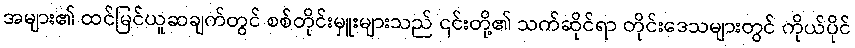
အများ၏ ထင်မြင်ယူဆချက်တွင် စစ်တိုင်းမှူးများသည် ၎င်းတို့၏ သက်ဆိုင်ရာ တိုင်းဒေသများတွင် ကိုယ်ပိုင်